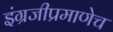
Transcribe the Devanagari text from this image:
इंग्रजीप्रमाणेच